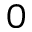
0